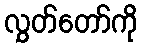
လွှတ်တော်ကို